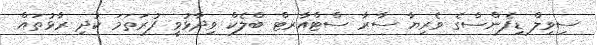
ސިވިލް ޑިފެންސްގެ ވެރިޔާ ސާރާ ސްޓްއާރޓް ބްލެކް ވިދާޅުވީ ފުރަތަމަ ކުދި ރާޅުތައް